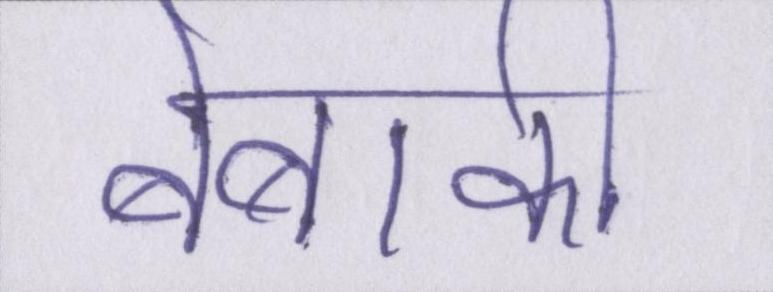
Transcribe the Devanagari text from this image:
बेबाकी